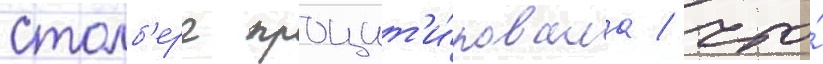
Столб'ерг процит'и́ровала / что́